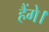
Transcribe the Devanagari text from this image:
हैंगे।